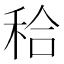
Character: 秴